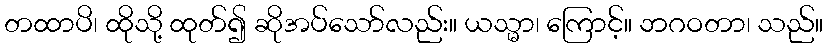
တထာပိ၊ ထိုသို့ ထုတ်၍ ဆိုအပ်သော်လည်း။ ယသ္မာ၊ ကြောင့်။ ဘဂဝတာ၊ သည်။